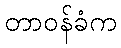
တာဝန်ခံက